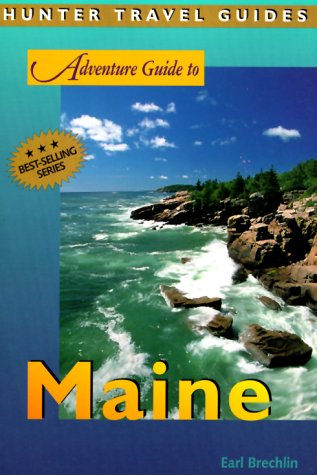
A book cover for Maine (Adventure Guide to Maine); Earl Brechlin; Travel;